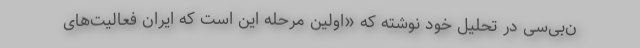
ن‌بی‌سی در تحلیل خود نوشته که «اولین مرحله این است که ایران فعالیت‌های